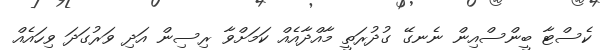
ކެސްޓާ ބީންސްއިން ނެނގޭ ގުދުރަތީ މާއްދާއެއް ކަމަށްވާ ރިސިން އަދި ވަރުގަދަ ވިހައެއް